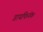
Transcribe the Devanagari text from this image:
डायफिनॅक